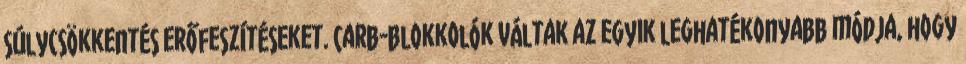
súlycsökkentés erőfeszítéseket. Carb-blokkolók váltak az egyik leghatékonyabb módja, hogy